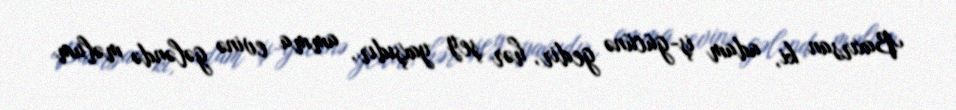
Baxırsan ki, adam iş-gücünə gedir, hər şey yaxşıdır, amma evinə gələndə məlum